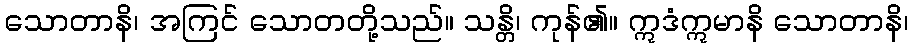
သောတာနိ၊ အကြင် သောတတို့သည်။ သန္တိ၊ ကုန်၏။ ဣဒံဣမာနိ သောတာနိ၊